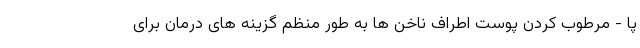
پا - مرطوب کردن پوست اطراف ناخن ها به طور منظم گزینه های درمان برای